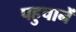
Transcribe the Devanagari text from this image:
पहुचानें